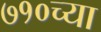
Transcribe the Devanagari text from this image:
७१०च्या